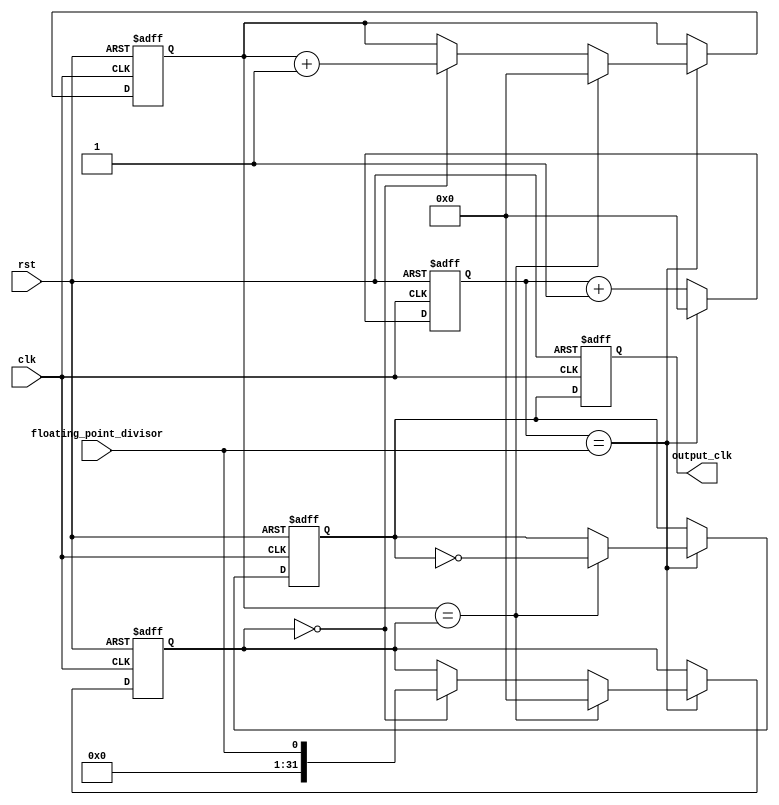
module floating_point_clock_divider (
  input clk,
  input rst,
  input floating_point_divisor,
  output reg output_clk
);

reg [31:0] count;
reg [31:0] divisor;
reg [31:0] accumulator;
reg output_clk_rising_edge;
reg output_clk_falling_edge;

always @(posedge clk or posedge rst) begin
  if (rst) begin
    count <= 0;
    divisor <= 0;
    accumulator <= 0;
    output_clk <= 0;
    output_clk_rising_edge <= 0;
    output_clk_falling_edge <= 0;
  end else begin
    count <= count + 1;
    
    if (count == floating_point_divisor) begin
      count <= 0;
      
      if (divisor == 0) begin
        accumulator <= accumulator + 1;
        divisor <= floating_point_divisor;
      end
      
      if (accumulator == divisor) begin
        accumulator <= 0;
        divisor <= 0;
        
        output_clk_rising_edge <= ~output_clk_rising_edge;
        output_clk_falling_edge <= ~output_clk_falling_edge;
      end
    end
    
    output_clk <= output_clk_rising_edge;
  end
end

endmodule